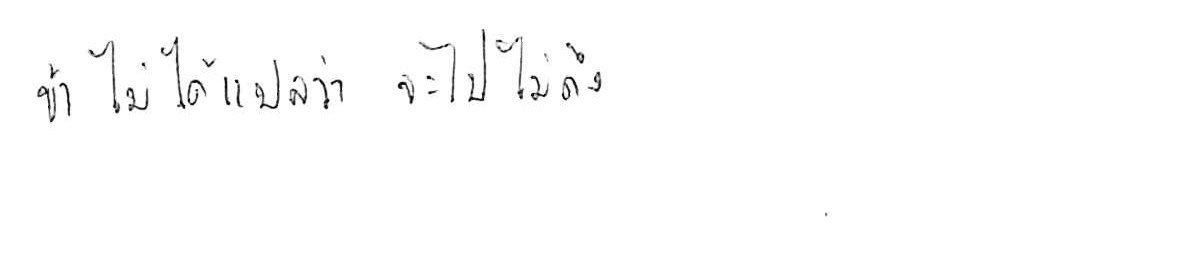
ช้า ไม่ได้แปลว่า จะไปไม่ถึง